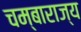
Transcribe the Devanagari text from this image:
चम्बाराज्य